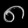
Digit: ၈